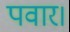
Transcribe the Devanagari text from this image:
पवार।